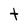
Character: t